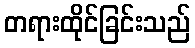
တရားထိုင်ခြင်းသည်